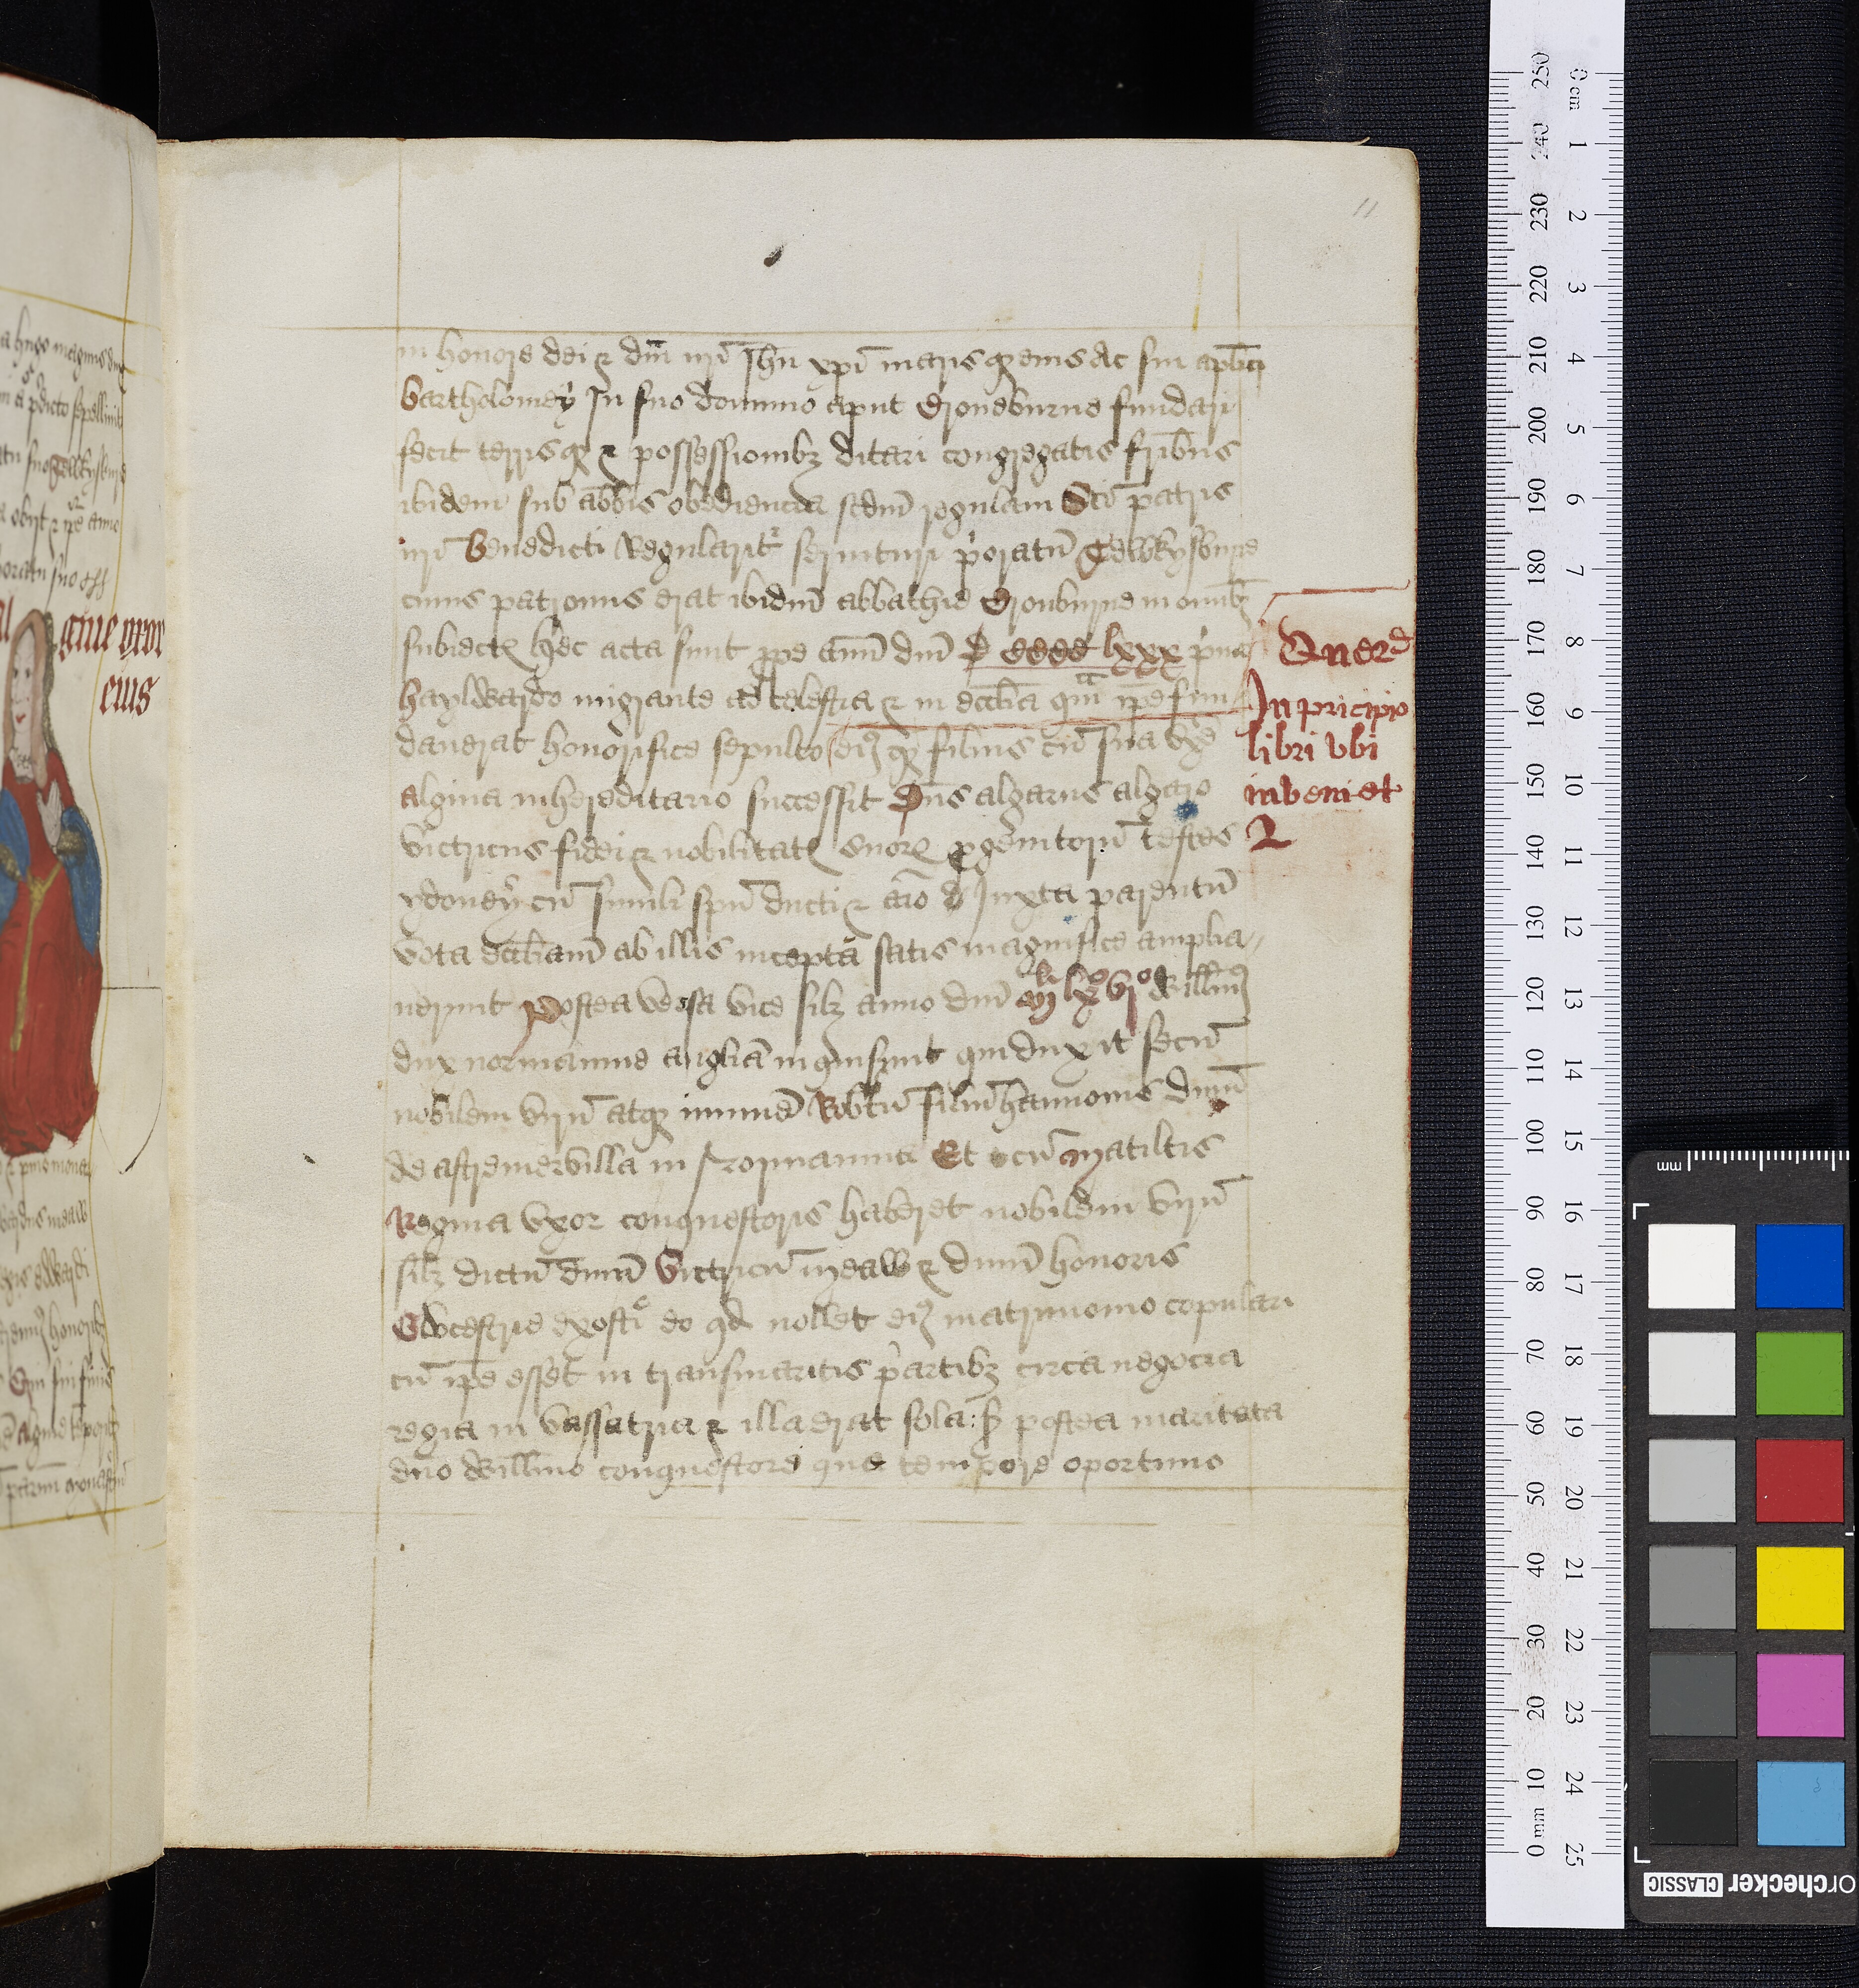
Shelfmark: Oxford, Bodleian Library, ms. Top. Glouc. d. 2
Century: 16